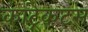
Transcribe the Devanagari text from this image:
कांट्रेकट्स